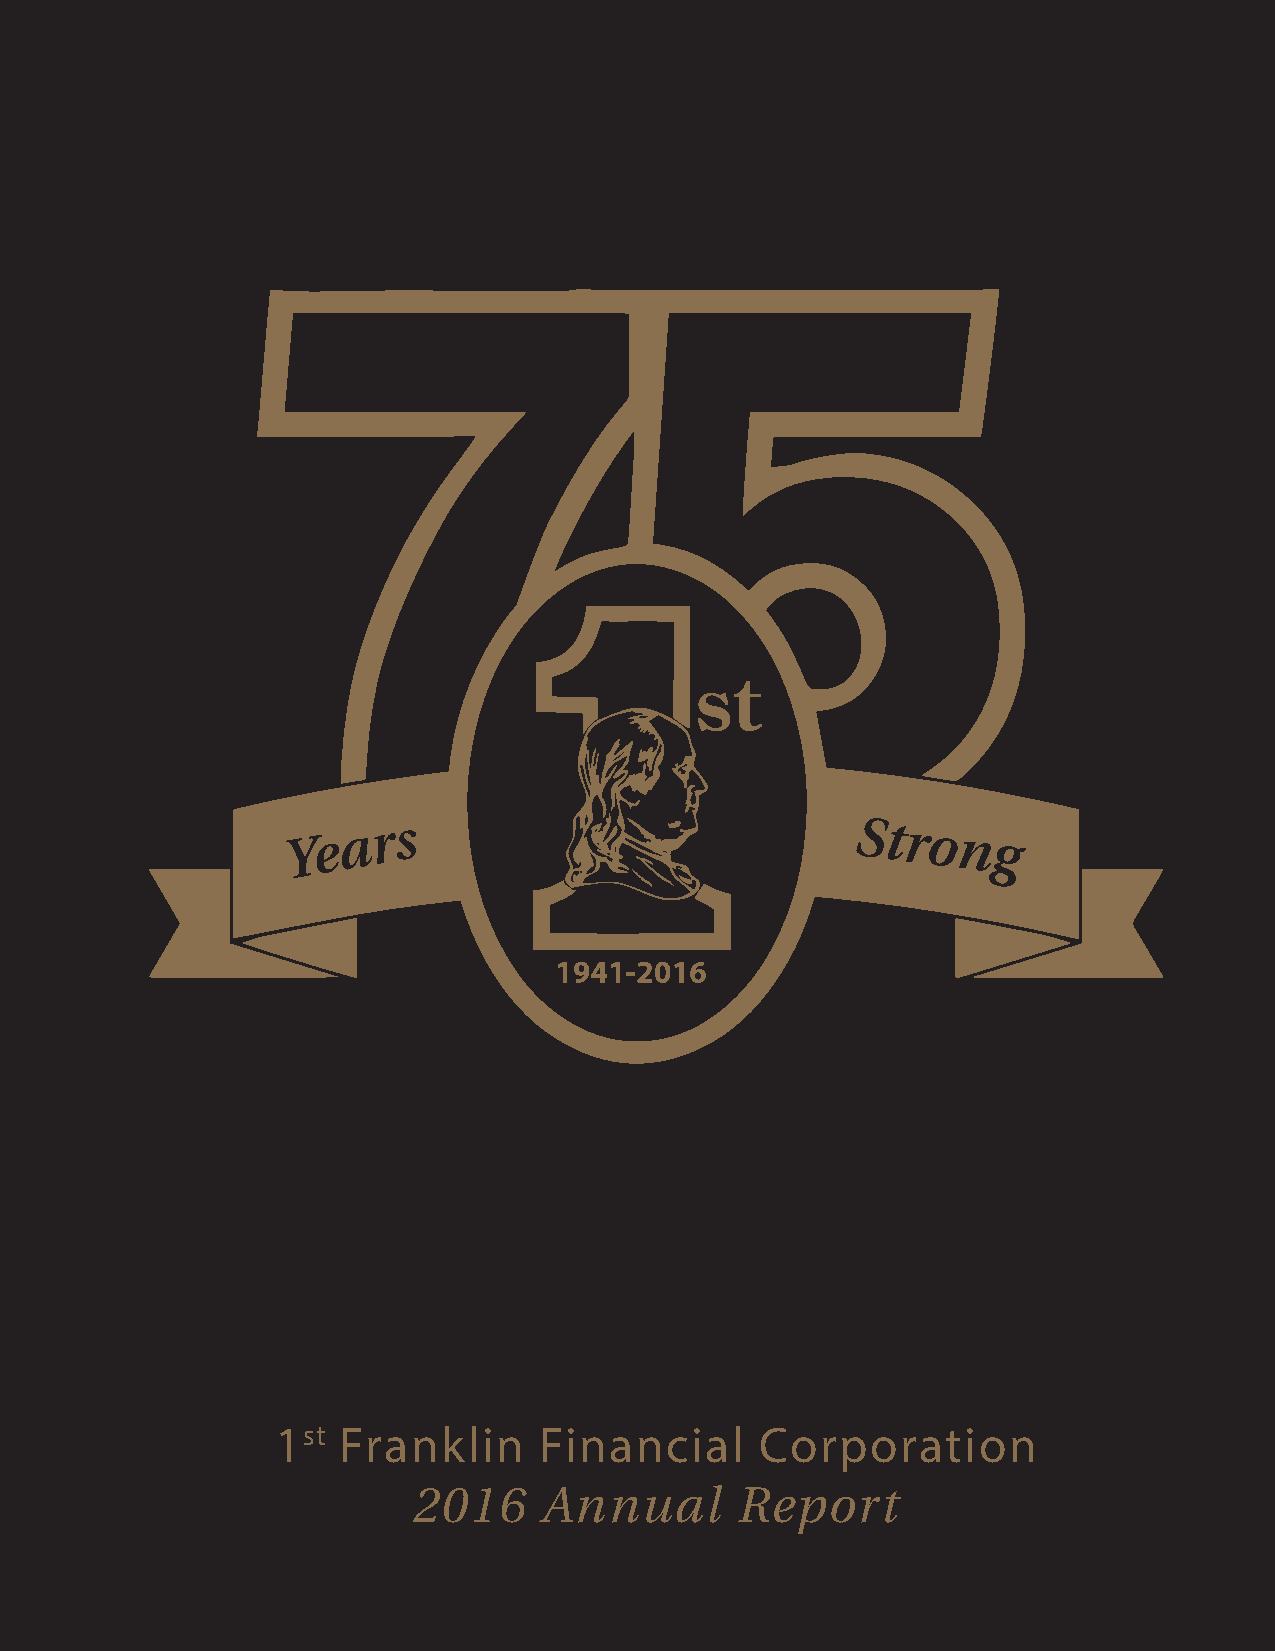
1st  Franklin     Financial     Corporation
 2016     Annual       Report